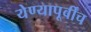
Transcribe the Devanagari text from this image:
येण्यापूर्वींच